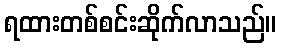
ရထားတစ်စင်းဆိုက်လာသည်။